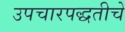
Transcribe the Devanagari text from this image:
उपचारपद्धतीचे